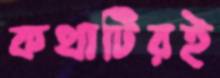
কথাটিরই